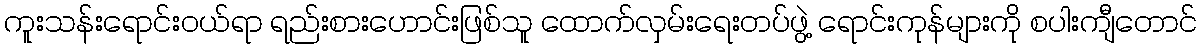
ကူးသန်းရောင်းဝယ်ရာ ရည်းစားဟောင်းဖြစ်သူ ထောက်လှမ်းရေးတပ်ဖွဲ့ ရောင်းကုန်များကို စပါးကျီတောင်